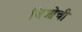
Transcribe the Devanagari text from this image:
जिओची